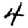
Digit: 4